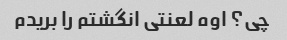
چی؟ اوه لعنتی انگشتم را بریدم